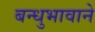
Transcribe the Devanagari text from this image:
बन्धुभावाने